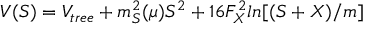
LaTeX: V ( { \cal S } ) = V _ { t r e e } + m _ { \cal S } ^ { 2 } ( \mu ) { \cal S } ^ { 2 } + 1 6 F _ { X } ^ { 2 } l n [ ( { \cal S } + X ) / m ]